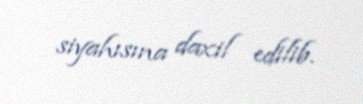
siyahısına daxil edilib.